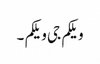
ویلکم جی ویلکم ۔